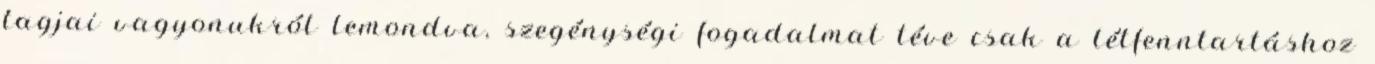
tagjai vagyonukról lemondva, szegénységi fogadalmat téve csak a létfenntartáshoz